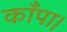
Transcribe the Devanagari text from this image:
काँपा।